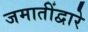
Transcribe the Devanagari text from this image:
जमातींद्वारे